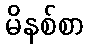
မိနစ်စာ